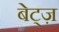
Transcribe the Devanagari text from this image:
बेट्ज़